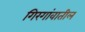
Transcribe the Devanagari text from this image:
गिरगांवातील